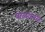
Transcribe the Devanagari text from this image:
पाळायच्या